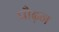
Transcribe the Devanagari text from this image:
पौढ़न